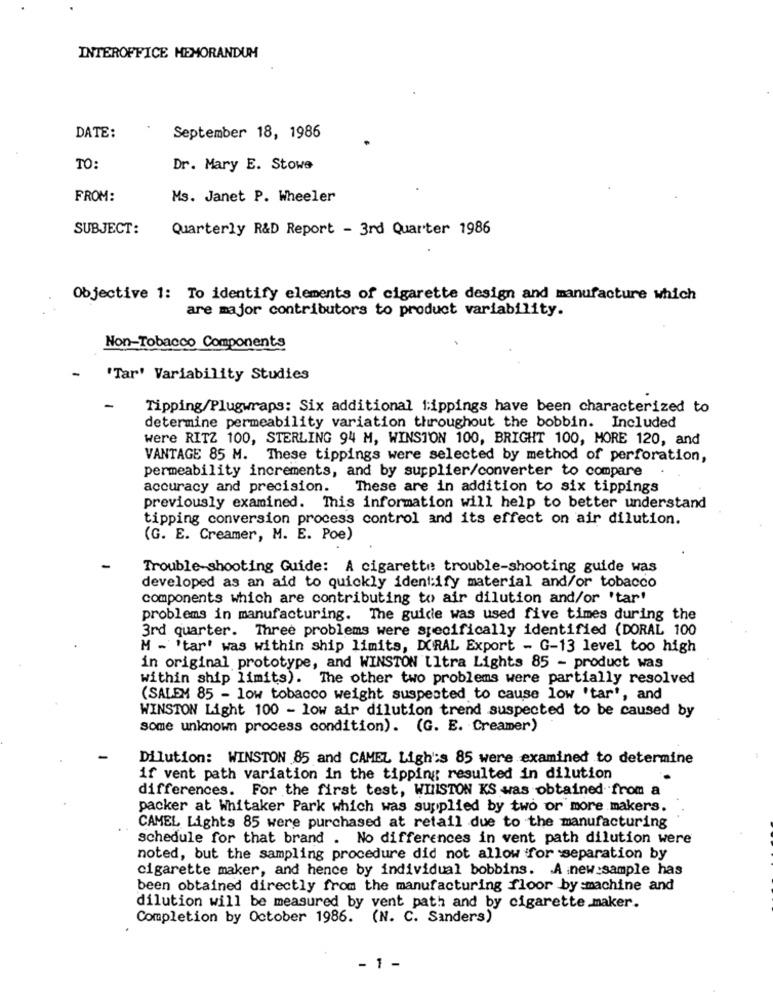
INTEROFFICE MEMORANDUM
DATE:
September 18, 1986
TO:
Dr. Mary E. Stowe
FROM:
Ms. Janet P. Wheeler
SUBJECT:
Quarterly R&D Report - 3rd Quarter 1986
Objective 1: To identify elements of cigarette design and manufacture which
are major contributors to product variability.
Non-Tobacco Components
-
'Tar' Variability Studies
-
Tipping/Plugwraps: Six additional 1:ippings have been characterized to
determine permeability variation throughout the bobbin. Included
were RITZ 100, STERLING 94 M, WINSTON 100, BRIGHT 100, MORE 120, and
VANTAGE 85 M. These tippings were selected by method of perforation,
permeability increments, and by supplier/converter to compare
accuracy and precision. These are in addition to six tippings
previously examined. This information will help to better understand
tipping conversion process control and its effect on air dilution.
(G. E. Creamer, M. E. Poe)
Trouble-shooting Guide: A cigarette trouble-shooting guide was
developed as an aid to quickly identify material and/or tobacco
components which are contributing to air dilution and/or 'tar'
problems in manufacturing. The guide was used five times during the
3rd quarter. Three problems were specifically identified (DORAL 100
M - 'tar' was within ship limits, DCRAL Export - G-13 level too high
in original prototype, and WINSTON Ultra Lights 85 - product was
within ship limits). The other two problems were partially resolved
(SALEM 85 - low tobacco weight suspected to cause low 'tar', and
WINSTON Light 100 - low air dilution trend suspected to be caused by
some unknown process condition). (G. E. Creamer)
Dilution: WINSTON 85 and CAMEL Ligh's 85 were examined to determine
if vent path variation in the tipping resulted in dilution
differences. For the first test, WIIISTON KS was obtained from a
packer at Whitaker Park which was supplied by two or more makers.
CAMEL Lights 85 were purchased at retail due to the manufacturing
schedule for that brand . No differences in vent path dilution were
noted, but the sampling procedure did not allow for separation by
cigarette maker, and hence by individual bobbins. . A new sample has
been obtained directly from the manufacturing floor by :machine and
dilution will be measured by vent path and by cigarette maker.
Completion by October 1986. (N. C. Sanders)
- 1 -